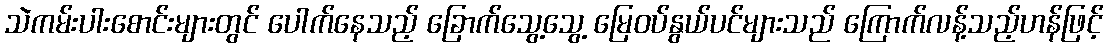
သဲကမ်းပါးစောင်းများတွင် ပေါက်နေသည့် ခြောက်သွေ့သွေ့ မြေဝပ်နွယ်ပင်များသည် ကြောက်လန့်သည့်ဟန်ဖြင့်